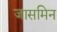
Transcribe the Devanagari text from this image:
जासमिन